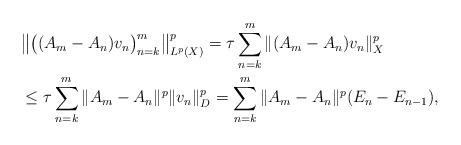
LaTeX: \begin{align*}&{}\big\|\big ( (A_m - A_n ) v_n \big )_{n=k}^m \big\|_{L^p(X)}^p=\tau\sum_{n=k}^m \| (A_m - A_n ) v_n\|_{X}^p\\&{}\le \tau\sum_{n=k}^m \|A_m - A_n\|^p\|v_n\|_{D}^p=\sum_{n=k}^m \|A_m - A_n\|^p(E_n-E_{n-1}),\end{align*}